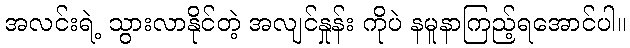
အလင်းရဲ့ သွားလာနိုင်တဲ့ အလျင်နှုန်း ကိုပဲ နမူနာကြည့်ရအောင်ပါ။